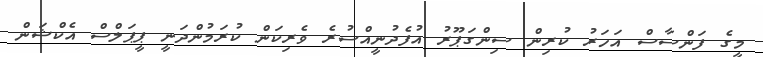
މީގެ ފަންސާސް އަހަރު ކުރިން ސިންގަޕޫރު އުފެދުނީއްސުރެ ވެރިކަން ކުރަމުންދަނީ ޕީޕަލްސް އެކްޝަން